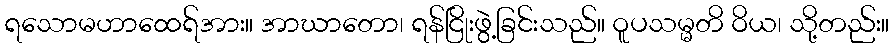
ရသောမဟာထေရ်အား။ အာဃာတော၊ ရန်ငြိုးဖွဲ့ခြင်းသည်။ ဝူပသမ္မတိ ဝိယ၊ သို့တည်း။